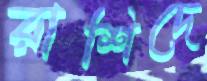
রাশিদে